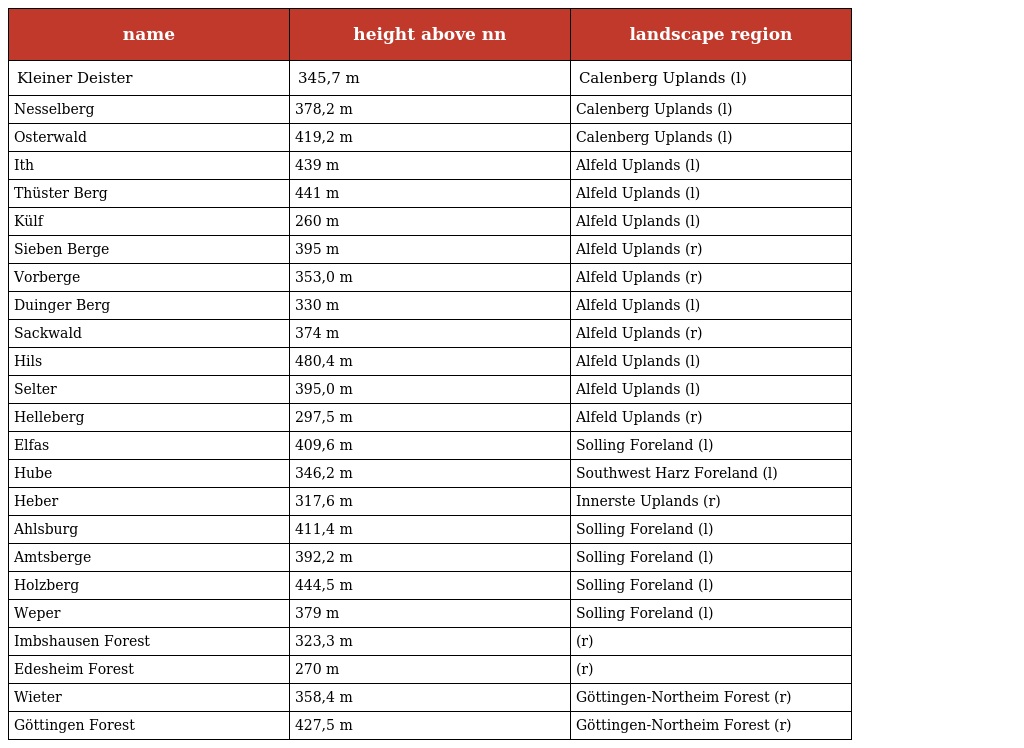
| name | height above nn | landscape region |
 | --- | --- | --- |
 | Kleiner Deister | 345,7 m | Calenberg Uplands (l) |
 | Nesselberg | 378,2 m | Calenberg Uplands (l) |
 | Osterwald | 419,2 m | Calenberg Uplands (l) |
 | Ith | 439 m | Alfeld Uplands (l) |
 | Thüster Berg | 441 m | Alfeld Uplands (l) |
 | Külf | 260 m | Alfeld Uplands (l) |
 | Sieben Berge | 395 m | Alfeld Uplands (r) |
 | Vorberge | 353,0 m | Alfeld Uplands (r) |
 | Duinger Berg | 330 m | Alfeld Uplands (l) |
 | Sackwald | 374 m | Alfeld Uplands (r) |
 | Hils | 480,4 m | Alfeld Uplands (l) |
 | Selter | 395,0 m | Alfeld Uplands (l) |
 | Helleberg | 297,5 m | Alfeld Uplands (r) |
 | Elfas | 409,6 m | Solling Foreland (l) |
 | Hube | 346,2 m | Southwest Harz Foreland (l) |
 | Heber | 317,6 m | Innerste Uplands (r) |
 | Ahlsburg | 411,4 m | Solling Foreland (l) |
 | Amtsberge | 392,2 m | Solling Foreland (l) |
 | Holzberg | 444,5 m | Solling Foreland (l) |
 | Weper | 379 m | Solling Foreland (l) |
 | Imbshausen Forest | 323,3 m | (r) |
 | Edesheim Forest | 270 m | (r) |
 | Wieter | 358,4 m | Göttingen-Northeim Forest (r) |
 | Göttingen Forest | 427,5 m | Göttingen-Northeim Forest (r) |